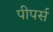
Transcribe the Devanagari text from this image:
पीपर्स